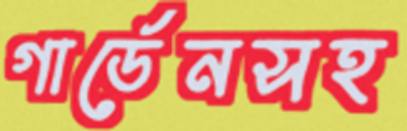
গার্ডেনসহ